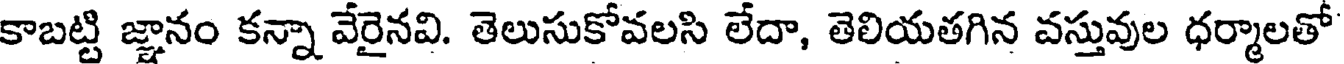
కాబట్టి జ్ఞానం కన్నా వేరైనవి. తెలుసుకోవలసి లేదా, తెలియతగిన వస్తువుల ధర్మాలతో